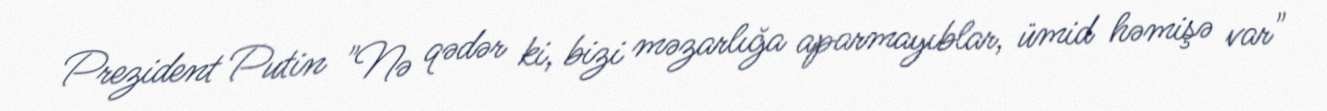
Prezident Putin "Nə qədər ki, bizi məzarlığa aparmayıblar, ümid həmişə var"